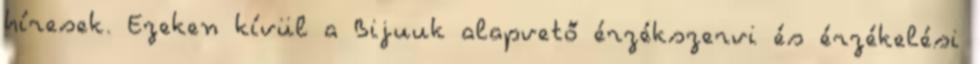
híresek. Ezeken kívül a Bijuuk alapvető érzékszervi és érzékelési